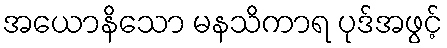
အယောနိသော မနသိကာရ ပုဒ်အဖွင့်